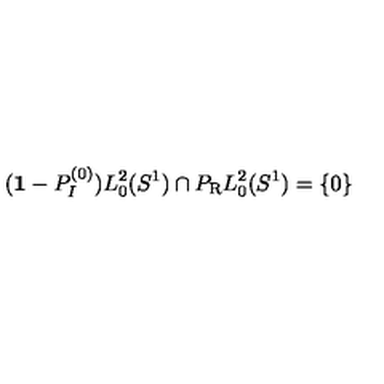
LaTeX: ( { \bf 1 } - P _ { I } ^ { ( 0 ) } ) L _ { 0 } ^ { 2 } ( S ^ { 1 } ) \cap P _ { \mathrm { R } } L _ { 0 } ^ { 2 } ( S ^ { 1 } ) = \{ 0 \}